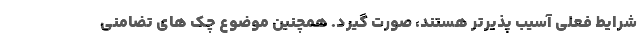
شرایط فعلی آسیب پذیرتر هستند، صورت گیرد. همچنین موضوع چک های تضامنی